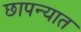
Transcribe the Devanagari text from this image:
छापन्यात